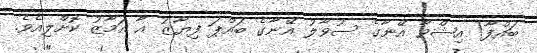
ބައްފާ! އިޝްވާ އޭނާގެ ސުވާލު އޭނާގެ ބައްޕަ ފިޔާޒު އާ އަމާޒު ކޮށްލިއެވެ.